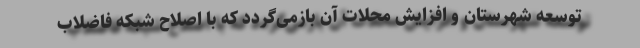
توسعه شهرستان و افزایش محلات آن بازمی‌گردد که با اصلاح شبکه فاضلاب